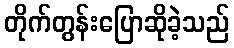
တိုက်တွန်းပြောဆိုခဲ့သည်